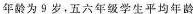
年龄为9岁。五六年级学生平均年龄